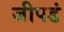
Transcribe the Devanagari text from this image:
जीपडं